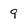
Character: 9